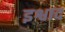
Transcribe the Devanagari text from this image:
इश्वाद